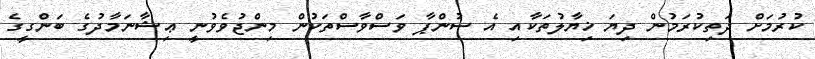
ކުރުމަށް ދަތިކުރަމުން ދިޔަ ޚިޔާލުތަކާއި އެ ސުންޕާ ވަސްވާސްތަކުން މިންޖުވެވުނީ ޢިޝާނަމާދުގެ ބަންގީގެ